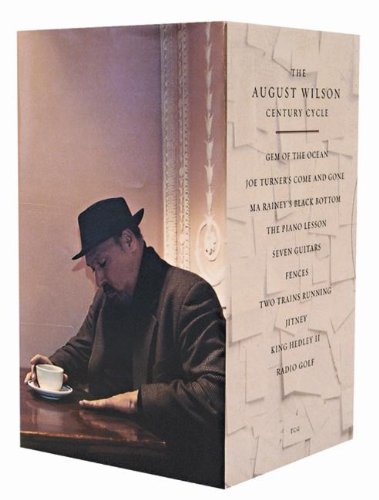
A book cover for August Wilson Century Cycle; August Wilson; Literature & Fiction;